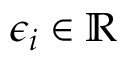
\epsilon _ { i } \in \mathbb { R }